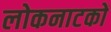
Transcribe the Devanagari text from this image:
लोकनाटकों